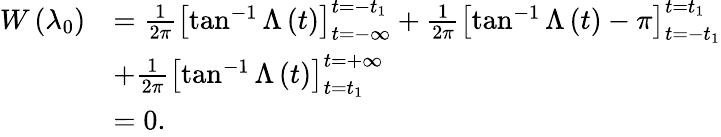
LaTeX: \begin{array}{rl}{W\left(\lambda_{0}\right)}&{=\frac{1}{2\pi}\left[\tan^{-1}\Lambda\left(t\right)\right]_{t=-\infty}^{t=-t_{1}}+\frac{1}{2\pi}\left[\tan^{-1}\Lambda\left(t\right)-\pi\right]_{t=-t_{1}}^{t=t_{1}}}\\ &{+\frac{1}{2\pi}\left[\tan^{-1}\Lambda\left(t\right)\right]_{t=t_{1}}^{t=+\infty}}\\ &{=0.}\end{array}